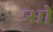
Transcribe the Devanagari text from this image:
श्वो